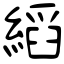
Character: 縚